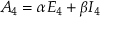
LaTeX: { \cal A } _ { 4 } = \alpha E _ { 4 } + \beta I _ { 4 }